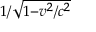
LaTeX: \scriptstyle { 1 / { \sqrt { 1 - { v ^ { 2 } } / { c ^ { 2 } } } } }